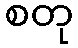
စတု